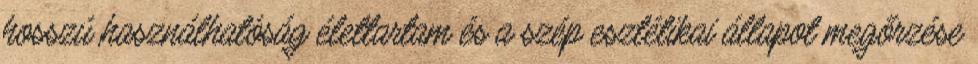
hosszú használhatóság élettartam és a szép esztétikai állapot megőrzése